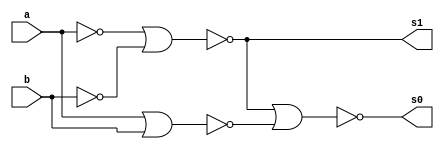
// ---------------------
// Guia 03_04 - Meia Soma NOR
// Nome: Thaise Souto Martins
// ---------------------

// ---------------------
// -- meia soma
// ---------------------

module meiasoma (s0, s1, a, b);
 output s0, s1;
 input  a, b;
 wire s2,s3,s4;
 
 nor norgate1 (s2, a, a);
 nor norgate2 (s3, b, b);
 nor norgate3 (s1, s2, s3);
 nor norgate4 (s4, a, b); 
 nor norgate5 (s0, s1, s4);
 
endmodule // meia soma

// --------------------------
// -- test meia soma nor
// --------------------------

module testmeiasoma;
 reg   a, b;             
 wire  s0, s1;
          // instancia
 meiasoma MEIASOMA1 (s0, s1, a, b);

 initial begin:start
      a=0; b=0;
 end

          // parte principal
 initial begin:main
      $display("Guia 03_04 - Thaise Souto Martins - 395504");
      $display("Test Meia Soma NOR gate");
      $display("\n a & b = s0 s1\n");
      $monitor(" %b & %b = %b %b", a, b, s0, s1);
  #1  a=0; b=1; 
  #1  a=1; b=0; 
  #1  a=1; b=1; 
  
 end

endmodule // testmeiasoma